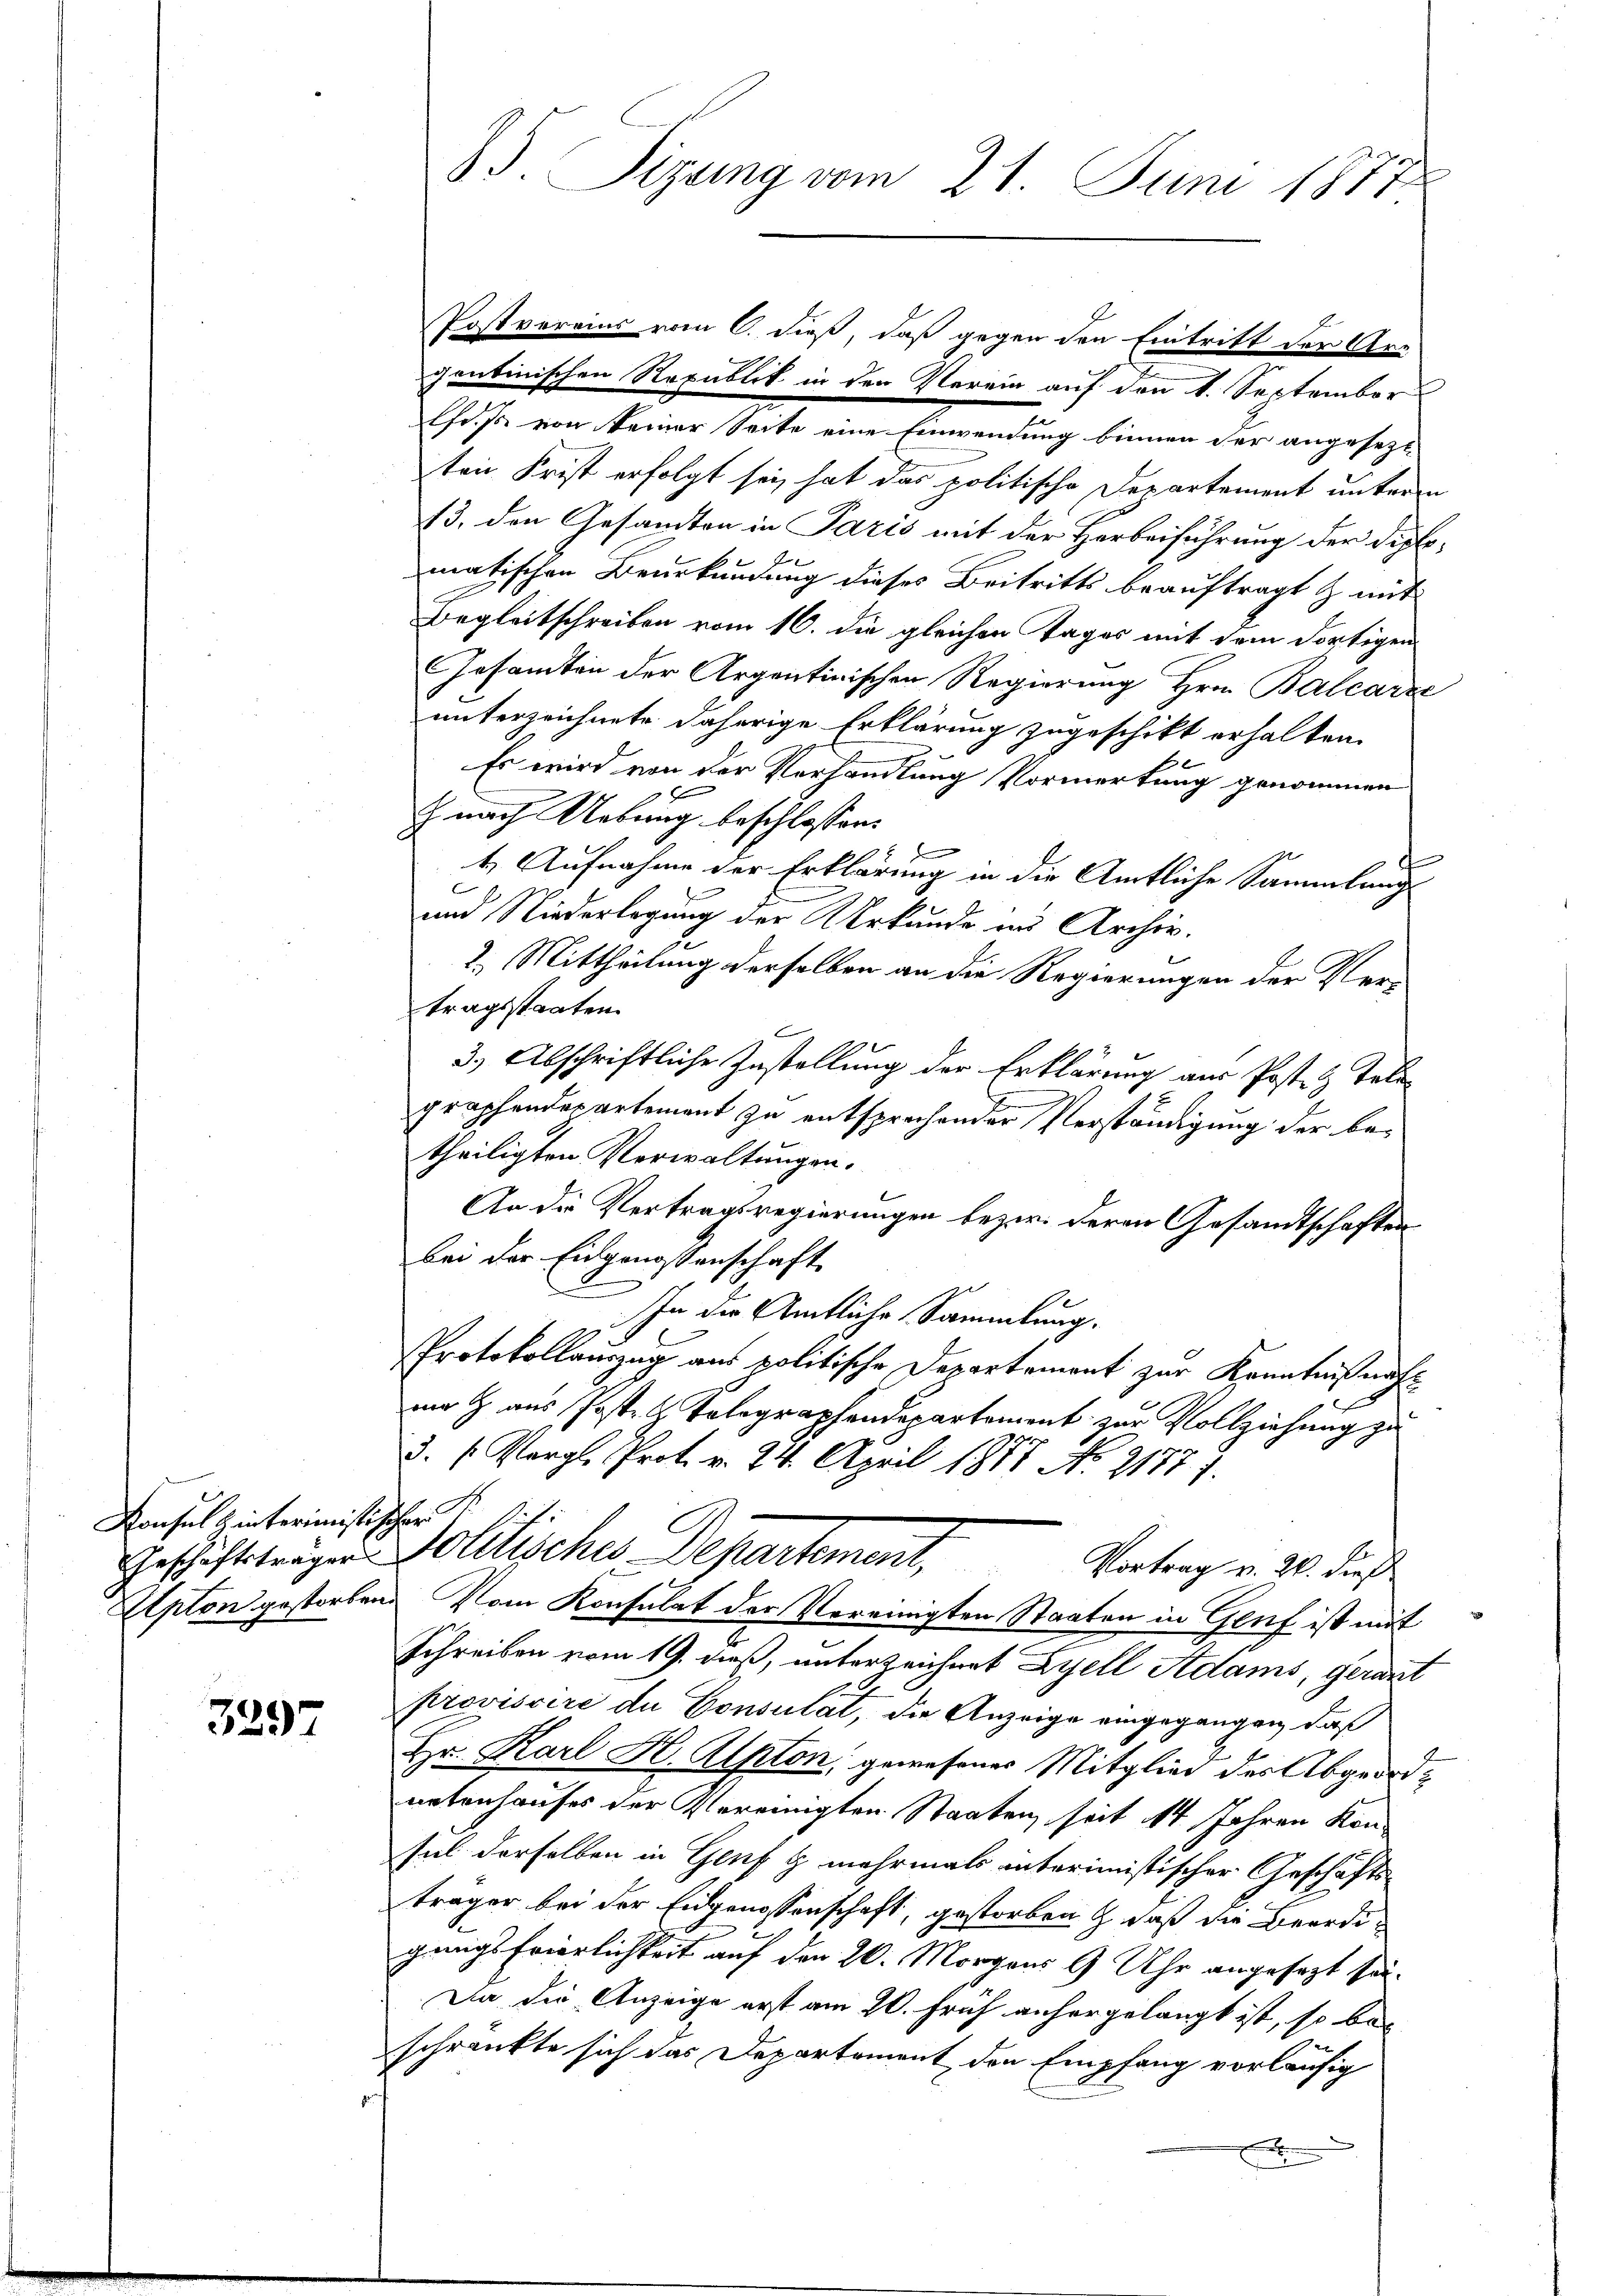
Konsul Hinterimistischer

3297

85. Sizung vom 21. Juni 1877

Postvereins vom 6. dieß, daß gegen den Eintritt der Ar-
gentinischen Republik in den Verein auf den 1. September
lfd. s. von keiner Seite eine Einwendung binnen der angesezt
ten Frist erfolgt sei, hat das politische Departement untere
13. den Gesandten in Paris mit der Herbeiführung der Diplomatischen Beurkundung dieses Beitritts beauftragt & mit
Begleitschreiben vom 16. die gleichen Tages mit dem dortigen
Gesamten der Argentinischen Regierung Hrn. Balcarze
unterzeichnete daherige Erklärung zugeschikt erhalten.
Es wird von der Verhandlung Vormerkung genommen
J. nach Uebung beschlossen:
b
9
t
t. Aufnahme der Erklärung in die Amtliche Sammlung
und Niederlegung der Urkunde in Archiv.
2.) Mittheilung derselben an die Regierungen der Ver-
tragsstaaten.
f
3.) Abschriftliche Zustellung der Erklärung aus Post- & Telegraphendepartement zu entsprechender Verständigung der betheiligten Verwaltungen.
An die Vertragsregierungen bezw. deren Gesandtschaften
bei der Eingenossenschaft
In der Amtliche Sammlung.
Protokollauszug aus politische Departement zur Kenntnißnahmi h. aus Post- & Telegraphendepartement zur Vollziehung zu
3. (Vergl. Prot. v. 24. April 1817 No 21777.
Geschäftsträger Politisches Departement,
Vortrag v. 20. dieß
Apton gestorben. Vom Konsulat der Vereinigten Staaten in Genf ist mit
Schreiben vom 19. dieß, unterzeichnet Zyell Adams, gerart
provisoire du Consulat, die Anzeige eingegangen, daß
Hr. Karl H. Alpton, gewesenes Mitglied des Abgeordnetenhauses der Vereinigten Staaten, seit 14 Jahren Kon-
sel derselben in Genf g mehrmals interimistischer Geschäfts-
träger bei der Eidgenossenschaft, gestorben & daß die Beerdigenigs Frierlichkeit auf den 26. Morgens 9 Uhr angesezt sei.
Da die Anzeige erst am 20. Früh anhergelangt ist, so beschränkte sich das Departement den Empfang vorläufig
x